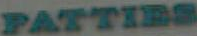
PATTIES